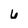
Character: 6